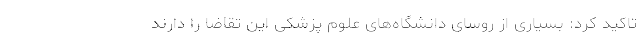
تاکید کرد: بسیاری از روسای دانشگاه‌های علوم پزشکی این تقاضا را دارند